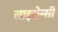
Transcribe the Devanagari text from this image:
लाइसेन्सी